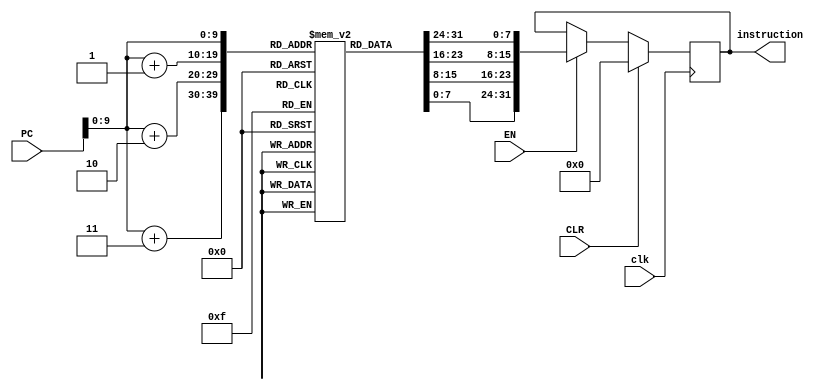
module Instruction_Memory(clk,CLR,EN,instruction,PC);
input clk,CLR,EN;
input [31:0]PC;
output reg [31:0] instruction;
reg[7:0]Memory[0:1023];
always@(posedge clk)
begin
if (CLR) begin
instruction<=0;
end 
else begin
if (EN) 
instruction<={Memory[PC],Memory[PC+1],Memory[PC+2],Memory[PC+3]};
end
end
endmodule